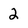
Character: 2